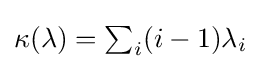
{\textstyle \kappa (\lambda )=\sum _{i}(i-1)\lambda _{i}}